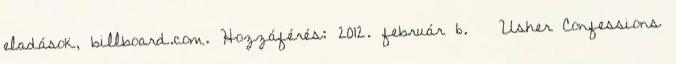
eladások, billboard.com. Hozzáférés: 2012. február 6. ↑ Usher Confessions